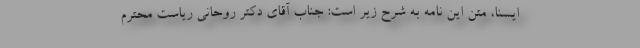
ایسنا، متن این نامه به شرح زیر است: جناب آقای دکتر روحانی ریاست محترم